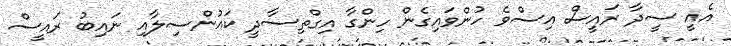
އެއީ ސީދާ ރައީސް އިސްވެ ހުންވައިގެން ހިންގާ އިގްތިސާދީ ކައުންސިލާއި ނައިބު ރައީސް